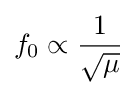
f_{0}\propto {\frac {1}{\sqrt {\mu }}}